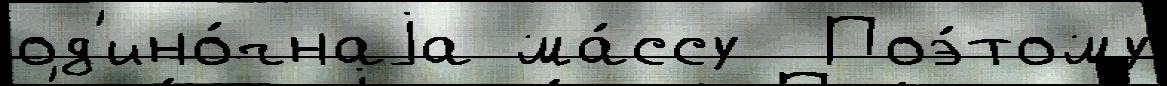
од'ино́чнаjа ма́ссу  Поэ́тому